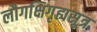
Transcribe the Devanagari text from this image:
लौगक्षिगृह्यसूत्र